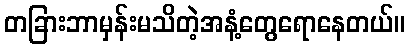
တခြားဘာမှန်းမသိတဲ့အနံ့တွေရောနေတယ်။